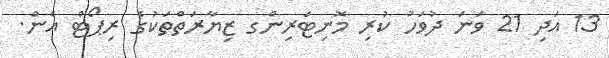
13 އަދި 21 ވަނަ ދުވަހު ކުރި މޮނިޓަރިންގ ޒިޔާރަތްތަކުގެ ރިޕޯޓް އެން.